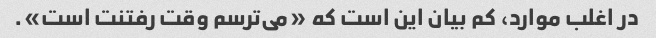
در اغلب موارد، کم بیان این است که «می‌ترسم وقت رفتنت است».